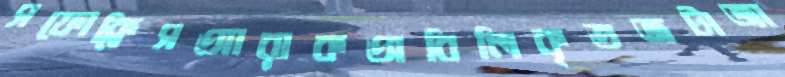
সফোক্লিসআরাকঅবিলিকৃতজটাজা